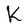
Character: K